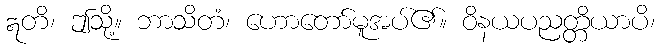
ဣတိ၊ ဤသို့။ ဘာသိတံ၊ ဟောတော်မူအပ်၏။ ဝိနယပညတ္တိယာပိ၊